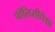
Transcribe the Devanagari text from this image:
पॉलिसीपेक्षा